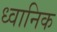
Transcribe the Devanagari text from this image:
ध्‍वानिक